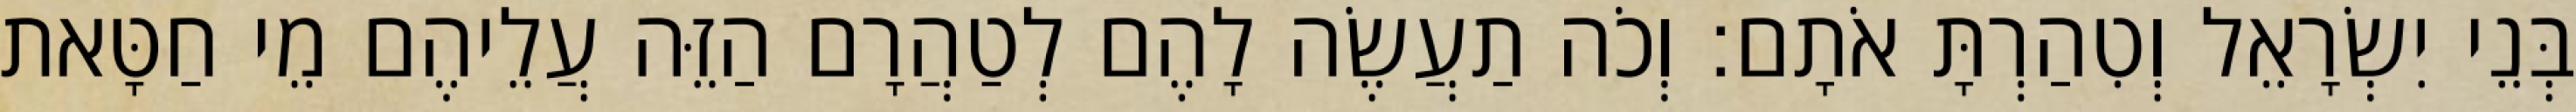
בְּנֵי יִשְׂרָאֵל וְטִהַרְתָּ אֹתָם׃ וְכֹה תַעֲשֶׂה לָהֶם לְטַהֲרָם הַזֵּה עֲלֵיהֶם מֵי חַטָּאת